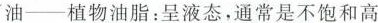
油-植物油脂：呈液态，通常是不饱和高